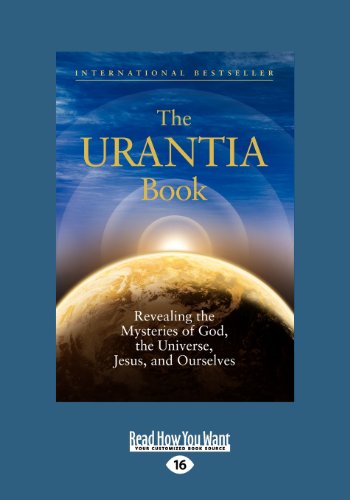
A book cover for The Urantia Book (Large Print 16pt), Volume 5; Urantia Foundation Staff; Religion & Spirituality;